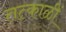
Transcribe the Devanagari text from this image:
तत्काळीं